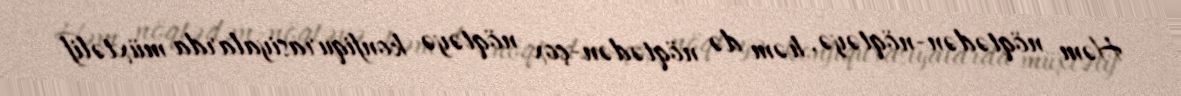
Həm nöqtədən-nöqtəyə, həm də nöqtədən-çox nöqtəyə konfiqurasiyalarda müxtəlif